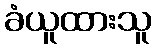
ခံယူထားသူ